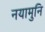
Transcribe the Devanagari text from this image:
नयामुनि